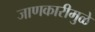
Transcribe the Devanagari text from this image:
जाणकारीमुळे